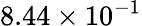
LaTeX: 8.44\times 10^{-1}